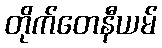
တိုက်တေနီယမ်